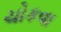
ચોકવા